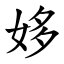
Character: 姼